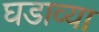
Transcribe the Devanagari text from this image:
घडाव्या